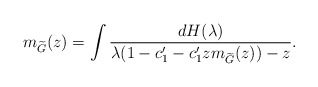
\begin{align*}m_{\widetilde G}(z) =\int\frac{dH(\lambda)}{\lambda(1-c_1'-c_1'zm_{\widetilde G}(z))-z}.\end{align*}